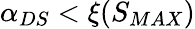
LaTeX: \alpha_{DS}<\xi(S_{MAX})